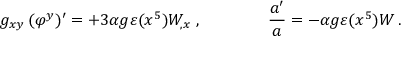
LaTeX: g _ { x y } \, ( \varphi ^ { y } ) ^ { \prime } = + 3 \alpha g \varepsilon ( x ^ { 5 } ) W _ { , x } \ , \qquad \qquad { \frac { a ^ { \prime } } { a } } = - \alpha g \varepsilon ( x ^ { 5 } ) W \, .